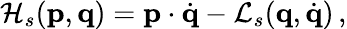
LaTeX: {\cal H}_{s}(\mathbf{p},\mathbf{q})={\mathbf p}\cdot\dot{\mathbf q}-{\cal L}_{s}({\mathbf q},\dot{\mathbf q})\, ,